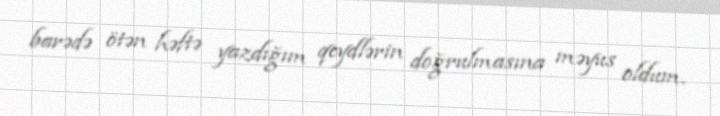
barədə ötən həftə yazdığım qeydlərin doğrulmasına məyus oldum.